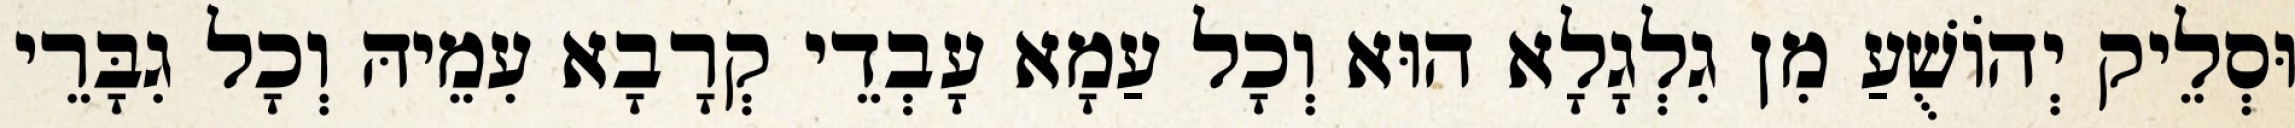
וּסְלֵיק יְהוֹשֻׁעַ מִן גִלְגָלָא הוּא וְכָל עַמָא עָבְדֵי קְרָבָא עִמֵיהּ וְכָל גִבָּרֵי